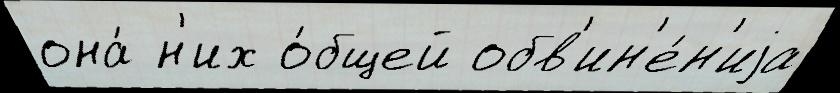
она́ н'их о́бщей обв'ин'е́н'иjа